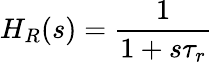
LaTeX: H_{R}(s)=\frac{1}{1+s\tau_{r}}